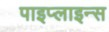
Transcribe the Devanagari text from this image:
पाइप्लाइन्स